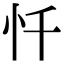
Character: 忏